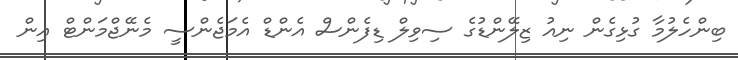
ބިންހެލުމާ ގުޅިގެން ނިއު ޒިލޭންޑުގެ ސިވިލް ޑިފެންސް އެންޑް އެމަޖެންސީ މެނޭޖްމަންޓް އިން